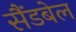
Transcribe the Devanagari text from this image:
सैंडबेल